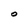
Character: O